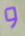
و